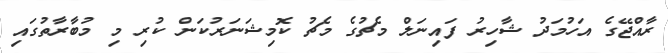
ރާއްޖޭގެ އަހުމަދު ޝާހިރު ފައިނަލް މެޗުގެ މެޗު ކޮމިޝަނަރުކަން ކުރި މި މުބާރާތުގައި